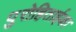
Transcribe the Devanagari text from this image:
पुरोहिताईका